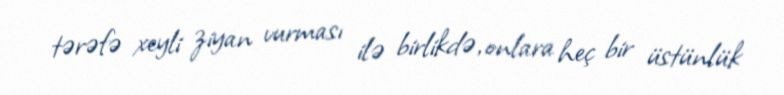
tərəfə xeyli ziyan vurması ilə birlikdə, onlara heç bir üstünlük